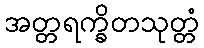
အတ္တရက္ခိတသုတ္တံ